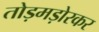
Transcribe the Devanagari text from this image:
तोड़मड़ोरकर